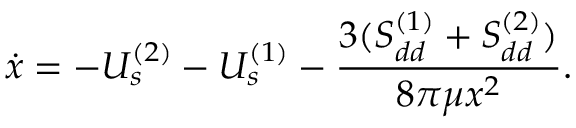
\dot { x } = - U _ { s } ^ { ( 2 ) } - U _ { s } ^ { ( 1 ) } - \frac { 3 ( S _ { d d } ^ { ( 1 ) } + S _ { d d } ^ { ( 2 ) } ) } { 8 \pi \mu x ^ { 2 } } .